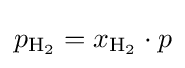
p_{\mathrm {H_{2}} }=x_{\mathrm {H_{2}} }\cdot p